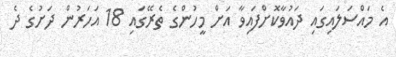
އެ މައްސަލައިގައި ދައުވާކޮށްފައިވާ އަށް މީހުންގެ ތެރޭގައި 18 އަހަރުން ދަށުގެ ދެ